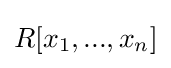
R[x_{1},...,x_{n}]